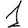
Digit: 1